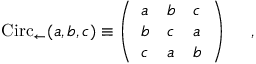
\mathrm { C i r c } _ { \leftarrow } ( a , b , c ) \equiv \left( \begin{array} { l l l } { { a } } & { { b } } & { { c } } \\ { { b } } & { { c } } & { { a } } \\ { { c } } & { { a } } & { { b } } \end{array} \right) ~ ~ ~ ~ ,